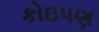
કોઇપણ